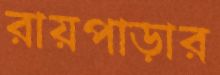
রায়পাড়ার